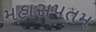
મહાસપતમ